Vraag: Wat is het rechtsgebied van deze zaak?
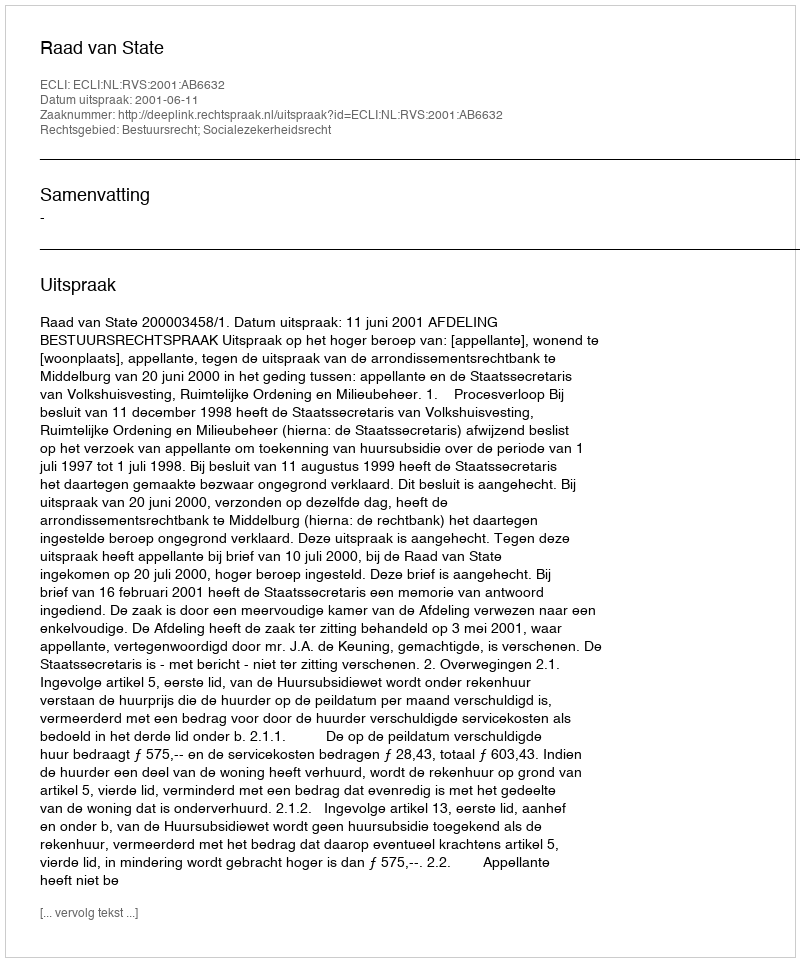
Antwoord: Bestuursrecht; Socialezekerheidsrecht